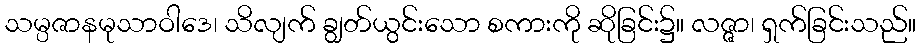
သမ္ပဇာနမုသာဝါဒေ၊ သိလျက် ချွတ်ယွင်းသော စကားကို ဆိုခြင်း၌။ လဇ္ဇာ၊ ရှက်ခြင်းသည်။